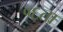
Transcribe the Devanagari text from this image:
१६ता